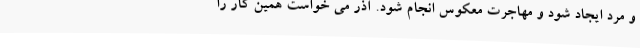
و مرد ایجاد شود و مهاجرت معکوس انجام شود. آذر می خواست همین کار را